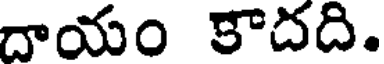
దాయం కాదది.